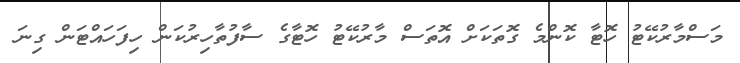
މަސްމާރުކޭޓު ހޮޓާ ކޮންމެ ގޮތަކަށް އޮތަސް މާރުކޭޓު ހޮޓާގެ ސާފުތާހިރުކަން ހިފަހައްޓަން ގިނަ